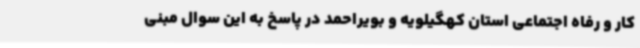
کار و رفاه اجتماعی استان کهگیلویه و بویراحمد در پاسخ به این سوال مبنی